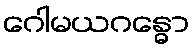
ဂေါမယဂန္ဓော